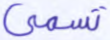
تسمى